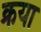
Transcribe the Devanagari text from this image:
क्रया